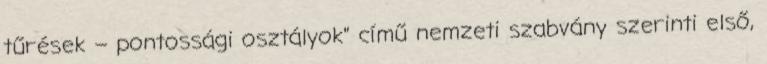
tűrések – pontossági osztályok” című nemzeti szabvány szerinti első,